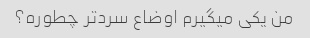
من یکی میگیرم اوضاع سردتر چطوره؟